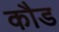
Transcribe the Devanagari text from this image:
कौड